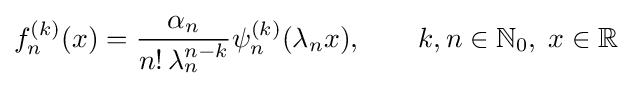
f_{n}^{(k)}(x)={\frac {\alpha _{n}}{n!\,\lambda _{n}^{n-k}}}\psi _{n}^{(k)}(\lambda _{n}x),\qquad k,n\in \mathbb {N} _{0},\;x\in \mathbb {R}